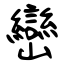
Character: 巒